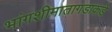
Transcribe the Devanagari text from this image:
भांगशीमातागडाकडे